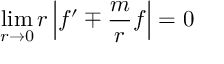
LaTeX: \operatorname * { l i m } _ { r \to 0 } r \left| f ^ { \prime } \mp \frac m r f \right| = 0